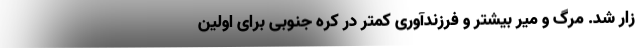
زار شد. مرگ‌ و میر بیشتر و فرزندآوری کمتر در کره جنوبی برای اولین